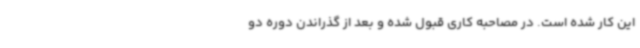
این کار شده است. در مصاحبه کاری قبول شده و بعد از گذراندن دوره دو